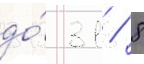
до́ 31 / 8